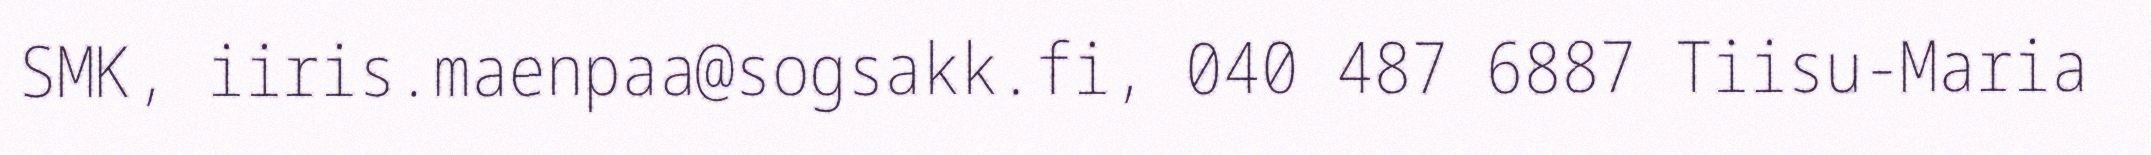
SMK, iiris.maenpaa@sogsakk.fi, 040 487 6887 Tiisu-Maria